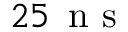
2 5 \, \mathrm { ~ n ~ s ~ }